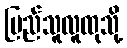
ပြည်သူလူထုသို့